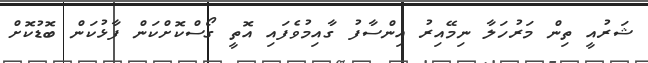
ޝަރުއީ ތިން މަރުހަލާ ނިމޭއިރު އިންސާފު ގާއިމުވެފައި އޮތީ ގޯސްކޮށްކަން ފާޅުކަން ބޮޑުކޮށް